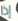
إذا